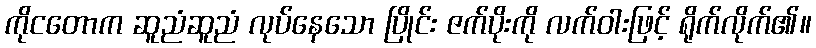
ကိုငတောက ဆူညံဆူညံ လုပ်နေသော ပြိုင်း ဇက်ပိုးကို လက်ဝါးဖြင့် ရိုက်လိုက်၏။